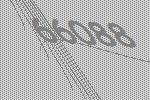
66088